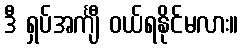
ဒီ ရှပ်အင်္ကျီ ဝယ်ရနိုင်မလား။